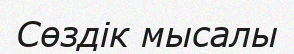
Сөздік мысалы